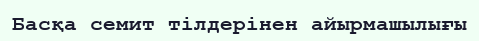
Басқа семит тілдерінен айырмашылығы